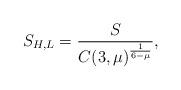
LaTeX: \begin{align*}S_{H,L}=\frac{S}{C(3,\mu)^{\frac{1}{6-\mu}}},\end{align*}